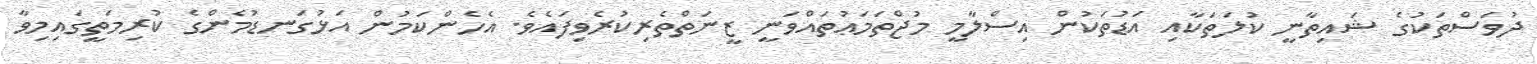
ދުވަސްތަކުގެ ޝައިތާނީ ކުލަތަކާއި އަޑުތަކުން އިސްލާމީ މުޖްތަމަޢުތައްވަނީ ޒީނަތްތެރިކުރެވިފައެވެ. އެހެންކަމުން އަޅުގަނޑުމެންގެ ކުރިމަތީގައިމިވާ